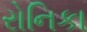
રોનિકા